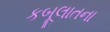
કબૂલાતના